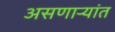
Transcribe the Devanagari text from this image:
असणाऱ्यांत